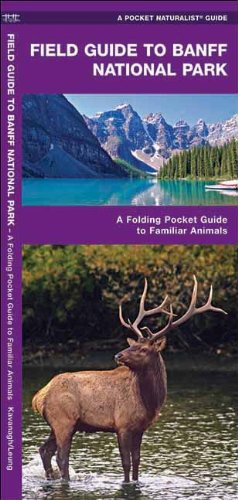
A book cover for Banff National Park, Field Guide to: A Folding Pocket Guide to Familiar Species (Pocket Naturalist Guide Series); James Kavanagh; Travel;